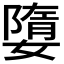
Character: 𡡙